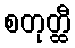
စတုတ္ထီ